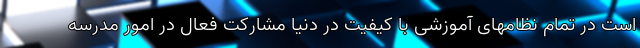
است در تمام نظامهای آموزشی با کیفیت در دنیا مشارکت فعال در امور مدرسه